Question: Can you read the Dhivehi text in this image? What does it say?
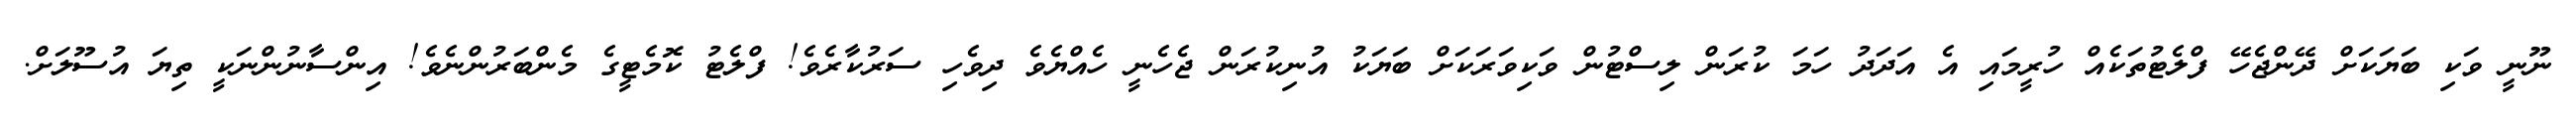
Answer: ނޫނީ ވަކި ބަޔަކަށް ދޭންޖެހޭ ފްލެޓުތަކެއް ހުރީމައި އެ އަދަދު ހަމަ ކުރަން ލިސްޓުން ވަކިވަރަކަށް ބަޔަކު އުނިކުރަން ޖެހެނީ ހެއްޔެވެ ދިވެހި ސަރުކާރެވެ! ފްލެޓު ކޮމެޓީގެ މެންބަރުންނެވެ! އިންސާނުންނަކީ ތިޔަ އުސޫލަށް.